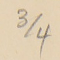
4/3